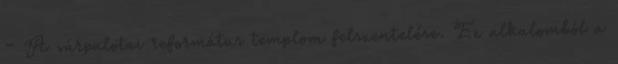
– A várpalotai református templom felszentelése. Ez alkalomból a